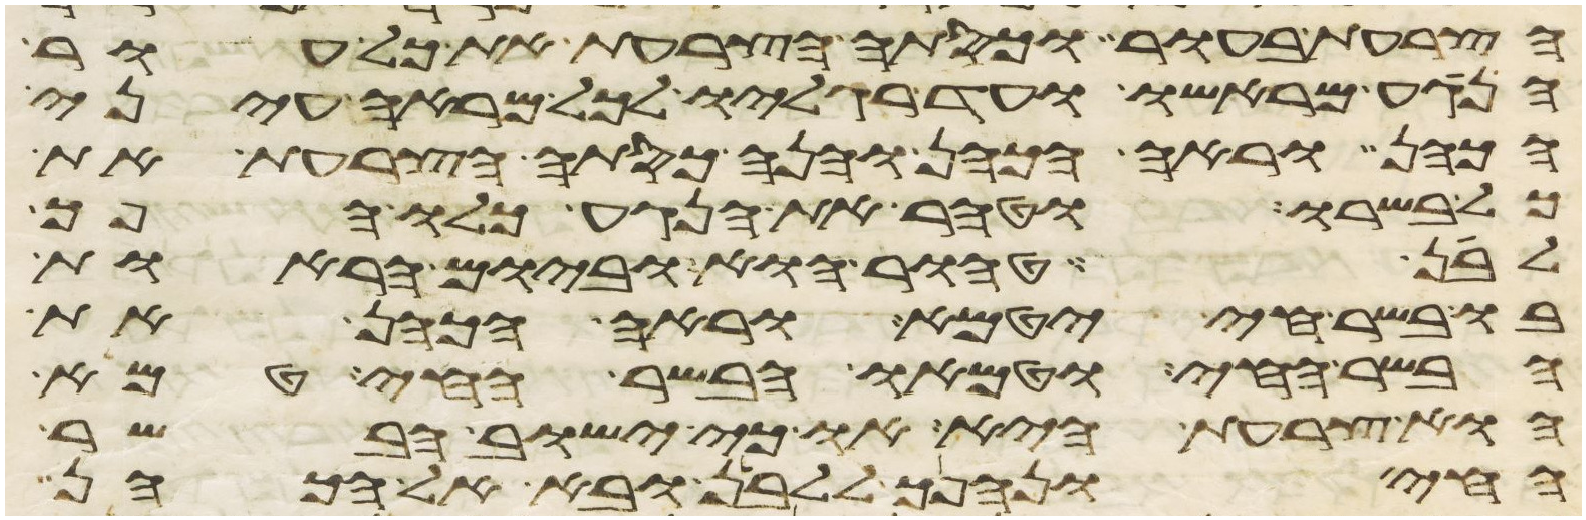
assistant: הצרעת בעור וכסתה הצרעת את כל עור
הנגע מראשו עד רגליו לכל מראה עיני
הכהן וראה הכהן והנה כסתה הצרעת את
כל בשרו וטהר את הנגע כלו הפך
לבן טהור הוא וביום הראות
בו בשר חי יטמא וראה הכהן את
הבשר החי וטמאו הבשר החי טמא
הוא צרעת היא או כי ישוב הבשר
החי ונהפך ללבן ובא אל הכהן